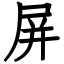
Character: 屏